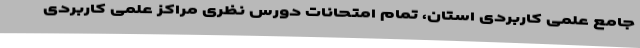
جامع علمی کاربردی استان، تمام امتحانات دورس نظری مراکز علمی کاربردی